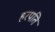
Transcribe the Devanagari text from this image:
हरपति